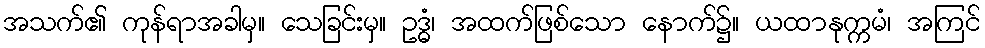
အသက်၏ ကုန်ရာအခါမှ။ သေခြင်းမှ။ ဥဒ္ဓံ၊ အထက်ဖြစ်သော နောက်၌။ ယထာနုက္ကမံ၊ အကြင်